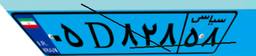
۰۵D۸۲۸۵۸